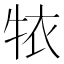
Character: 𱭮